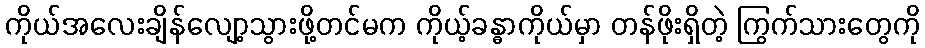
ကိုယ်အလေးချိန်လျော့သွားဖို့တင်မက ကိုယ့်ခန္ဓာကိုယ်မှာ တန်ဖိုးရှိတဲ့ ကြွက်သားတွေကို